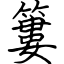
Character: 簍